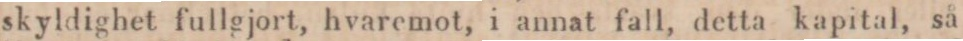
skyldighet fullgjort, hvaremot, i annat fall, detta kapital, så